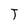
Character: T